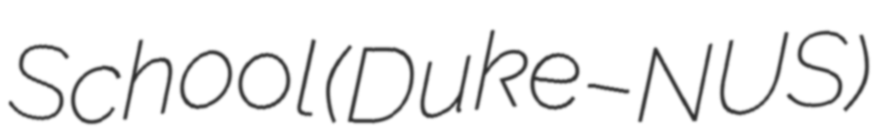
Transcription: School (Duke–NUS)